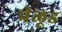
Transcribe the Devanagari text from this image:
प्रेलूड